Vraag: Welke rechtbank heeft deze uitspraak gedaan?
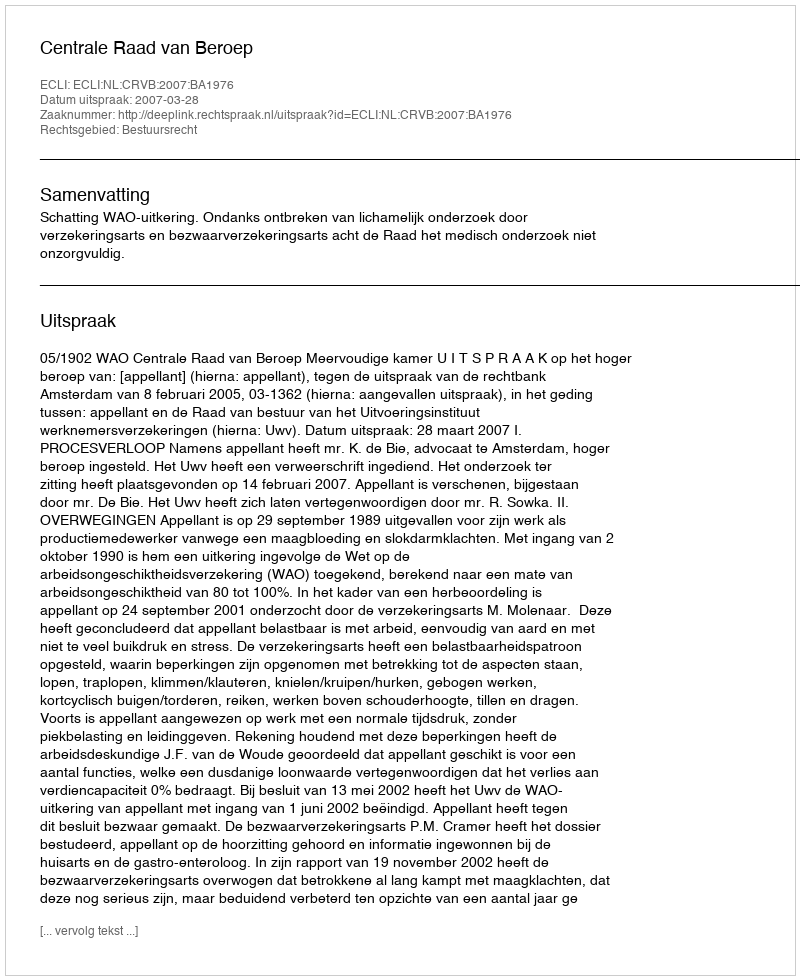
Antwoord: Centrale Raad van Beroep